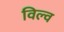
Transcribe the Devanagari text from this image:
विल्व